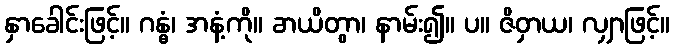
နှာခေါင်းဖြင့်။ ဂန္ဓံ၊ အနံ့ကို။ ခာယိတွာ၊ နာမ်း၍။ ပ။ ဇိဝှာယ၊ လျှာဖြင့်။